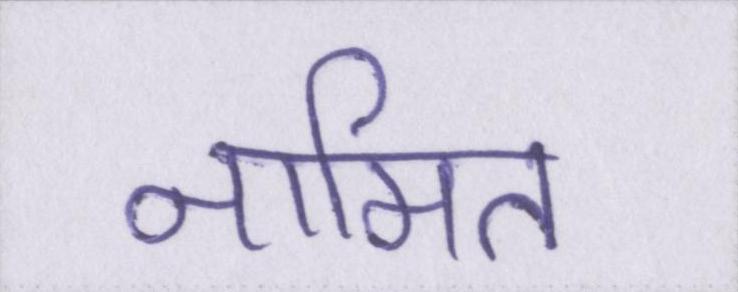
नामित